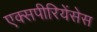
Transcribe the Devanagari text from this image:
एक्सपीरियेंसेस